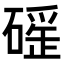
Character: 𥕬